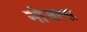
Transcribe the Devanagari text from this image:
नोजल्स